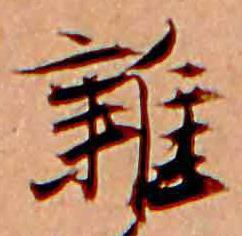
雑